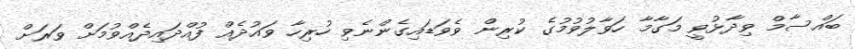
ބައްސާމް ވިދާޅުވީ މަގާމާ ހަވާލުވުމުގެ ކުރިން ވެވަޑައިގެންނެވި ހުރިހާ ވައުދެއް ފުއްދައިދެއްވުމަށް ވަރަށް